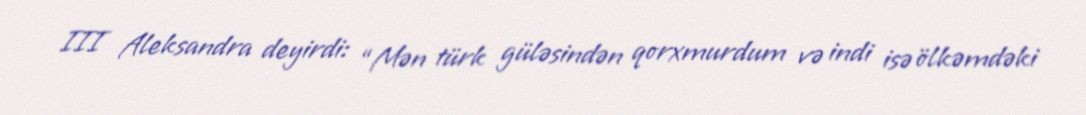
III Aleksandra deyirdi: “Mən türk güləsindən qorxmurdum və indi isə ölkəmdəki